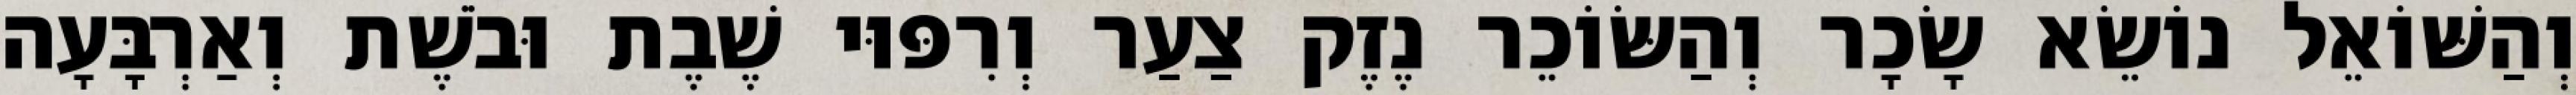
וְהַשּׁוֹאֵל נוֹשֵׂא שָׂכָר וְהַשּׂוֹכֵר נֶזֶק צַעַר וְרִפּוּי שֶׁבֶת וּבֹשֶׁת וְאַרְבָּעָה